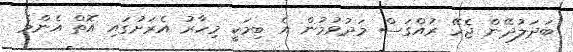
ބަދަލުދޭން ޖެހޭ ރުއްގަސް މަދުވުމުން އެ ބިމަކީ މިހާރު އެރަށުގައި އޮތް އެންމެ